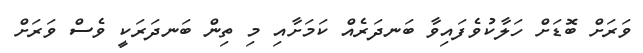
ވަރަށް ބޮޑަށް ހަލާކުވެފައިވާ ބަނދަރެއް ކަމަށާއި މި ތިން ބަނދަރަކީ ވެސް ވަރަށް